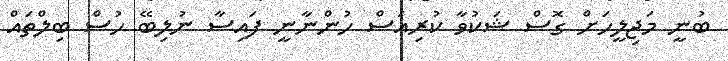
ބުނީ މަޖިލީހަށް ގޮސް ޝަކުވާ ކުރިއަސް ހުންނާނީ ފައިސާ ނުލިބޭ ހުސް ބިލްތައް